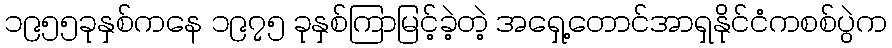
၁၉၅၅ခုနှစ်ကနေ ၁၉၇၅ ခုနှစ်ကြာမြင့်ခဲ့တဲ့ အရှေ့တောင်အာရှနိုင်ငံကစစ်ပွဲက